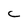
Character: C